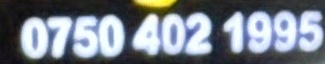
0750 402 1995